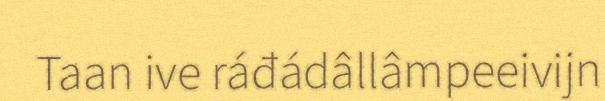
Taan ive ráđádâllâmpeeivijn